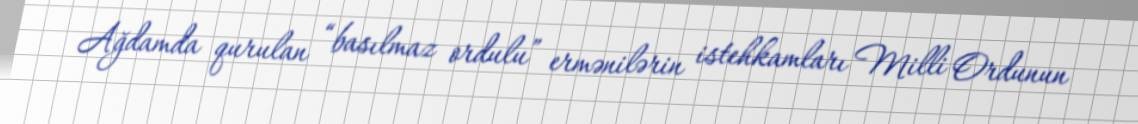
Ağdamda qurulan “basılmaz ordulu” ermənilərin istehkamları Milli Ordunun